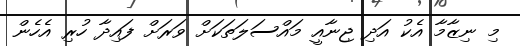
މި ނިޒާމާ އެކު އަދި ޖިނާއީ މައްސަލަތަކަށް ވަރަށް ފައިދާ ހުރި އެހެން